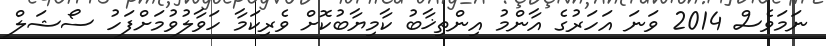
ނަމަވެސް 2014 ވަނަ އަހަރުގެ އާންމު އިންތިޚާބު ކާމިޔާބުކޮށް ވެރިކަމާ ހަވާލުވުމަށްފަހު ސޯޝަލް